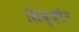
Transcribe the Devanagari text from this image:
सिद्दौर